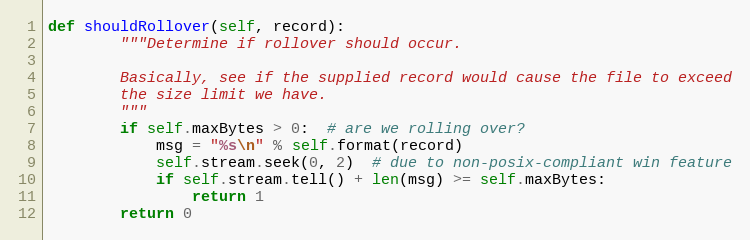
Language: Python
def shouldRollover(self, record):
        """Determine if rollover should occur.

        Basically, see if the supplied record would cause the file to exceed
        the size limit we have.
        """
        if self.maxBytes > 0:  # are we rolling over?
            msg = "%s\n" % self.format(record)
            self.stream.seek(0, 2)  # due to non-posix-compliant win feature
            if self.stream.tell() + len(msg) >= self.maxBytes:
                return 1
        return 0